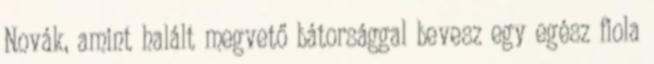
Novák, amint halált megvető bátorsággal bevesz egy egész fiola